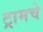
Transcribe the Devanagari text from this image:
ट्रामचे